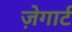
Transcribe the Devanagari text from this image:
ज़ेगार्ट